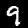
Label: 9